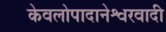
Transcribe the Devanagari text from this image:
केवलोपादानेश्वरवादी